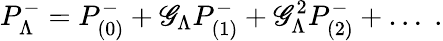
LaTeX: P_{\Lambda}^{-}=P_{(0)}^{-}+\mathscr{G}_{\Lambda}P_{(1)}^{-}+\mathscr{G}_{\Lambda}^{2}P_{(2)}^{-}+\dots\; .